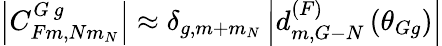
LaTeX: \begin{array}{r}{\left|C_{Fm,Nm_{N}}^{G\, g}\right|\approx\delta_{g,m+m_{N}}\left|d_{m,G-N}^{(F)}\left(\theta_{Gg}\right)\right|}\end{array}